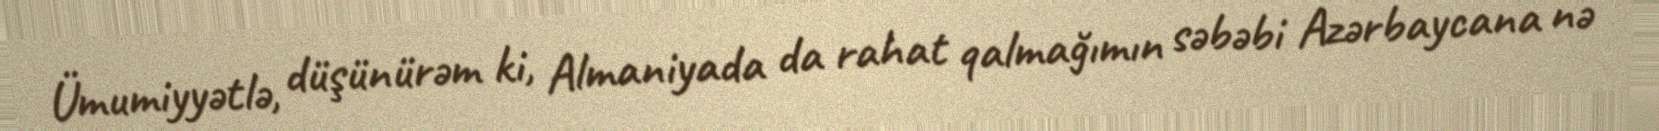
Ümumiyyətlə, düşünürəm ki, Almaniyada da rahat qalmağımın səbəbi Azərbaycana nə